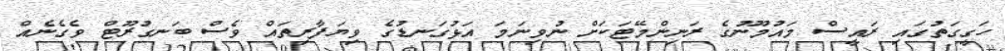
ހަގީގަތުގައި ރައީސް މައުމޫނުގެ ރަނިންމޭޓަކަށް ނުވިނަމަ އަޅުގަނޑުގެ ވިޔަފާރިތައް ވެސް ބަނގުރޫޓް ވެގެނެއް